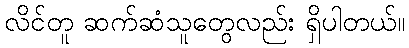
လိင်တူ ဆက်ဆံသူတွေလည်း ရှိပါတယ်။